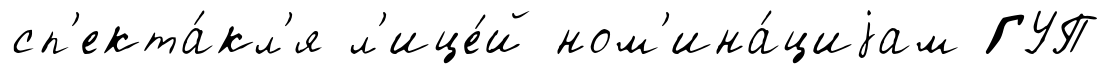
сп'екта́кл'я л'ице́й ном'ина́циjам ГУП